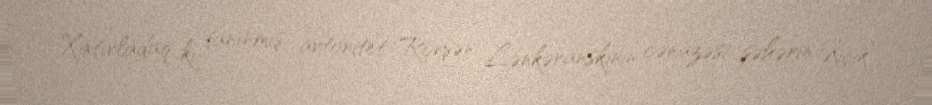
Xatırladaq ki, tanınmış avtoritet Rövşən Lənkəranskinin cənazəsi şəhərin Kiçik